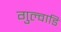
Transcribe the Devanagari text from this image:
गुल्वाडि